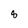
Character: 8